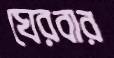
ঘেরবার